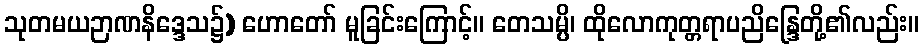
သုတမယဉာဏနိဒ္ဒေသ၌) ဟောတော် မူခြင်းကြောင့်။ တေသမ္ပိ၊ ထိုလောကုတ္တရာပညိန္ဒြေတို့၏လည်း။